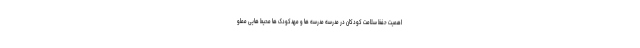
اهمیت حفظ سلامت کودکان در مدرسه مدرسه ها و مهدکودک ها محیط هایی مملو